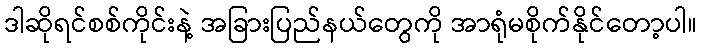
ဒါဆိုရင်စစ်ကိုင်းနဲ့ အခြားပြည်နယ်တွေကို အာရုံမစိုက်နိုင်တော့ပါ။